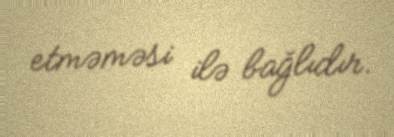
etməməsi ilə bağlıdır.